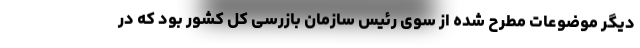
دیگر موضوعات مطرح شده از سوی رئیس سازمان بازرسی کل کشور بود که در